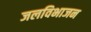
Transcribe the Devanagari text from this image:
जलविभाजन